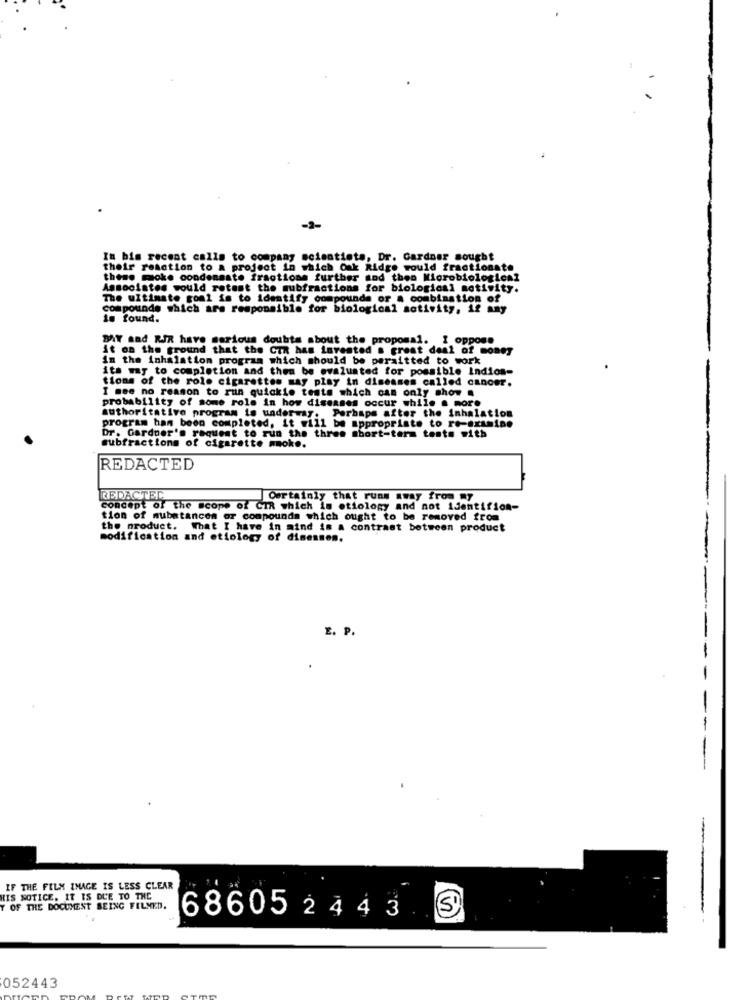
-2-
In bis recent calls to company scientists, Dr. Gardner sought
their reaction to a project in which Oak Ridge would fractionate
these moke condensate fractions further and then Microbiological
Associates would retest the mubfractions for biological motivity.
The ultimate goal is to identify compounds or a combination of
compounds which are responsible for biological activity, if any
is found.
BAY aad RJR have serious doubts about the proposal. I opposa
it on the ground that the CTR has invested a great deal of money
in the inhalation program which should be paraitted to work
its way to completion and then be evaluated for possible Indios-
tions of the role cigarettes may play in diseases called cancer.
I mee no reason to run quickie tests which can only show .
probability of some role in how diseases occur while . more
authoritative program is underway. Perhaps after the inhalation
program han been completed, it will be appropriate to re-examine
Dr. Garduer's request to run the three short-term tente with
subfractions of cigarette smoke.
REDACTED
REDACTED
Certainly that runs away from my
concept of the scope of CTR which is etiology and not identifion-
tion of mubatances or compounds which ought to be removed from
the product. What I have in mind is a contrast between product
modification and etiology of diseases.
E. P.
IF THE FILM IMAGE IS LESS CLEAR
HIS NOTICE. IT IS DUE TO THE
Y OF THE DOCUMENT BEING FELMED.
-
686052443
052443